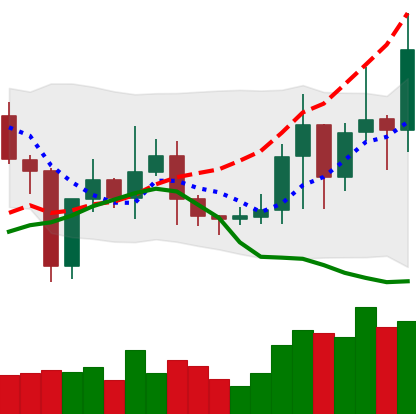
Ticker: TRX-USD
Chart end date: 2021-01-09
Forward return: -11.803%
Label: down_7plus